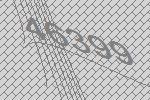
46399